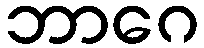
ဘာဂေ